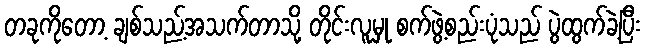
တခုကိုတော့ ချစ်သည့်အသက်တာသို့ တိုင်းလူမှု စက်ဖွဲ့စည်းပုံသည် ပွဲထွက်ခဲ့ပြီး